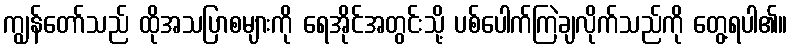
ကျွန်တော်သည် ထိုအသပြာစများကို ရေအိုင်အတွင်းသို့ ပစ်ပေါက်ကြဲချလိုက်သည်ကို တွေ့ရပါ၏။